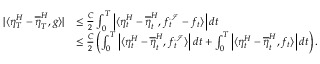
\begin{array} { r l } { | \langle \eta _ { T } ^ { H } - \overline { { \eta } } _ { T } ^ { H } , g \rangle | } & { \leq \frac { C } { 2 } \int _ { 0 } ^ { T } \left| \langle \eta _ { t } ^ { H } - \overline { { \eta } } _ { t } ^ { H } , f _ { t } ^ { \mathcal { I } } - f _ { t } \rangle \right| d t } \\ & { \leq \frac { C } { 2 } \left( \int _ { 0 } ^ { T } \left| \langle \eta _ { t } ^ { H } - \overline { { \eta } } _ { t } ^ { H } , f _ { t } ^ { \mathcal { I } } \rangle \right| d t + \int _ { 0 } ^ { T } \left| \langle \eta _ { t } ^ { H } - \overline { { \eta } } _ { t } ^ { H } , f _ { t } \rangle \right| d t \right) . } \end{array}